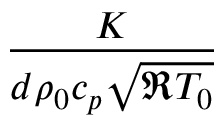
\frac { K } { d \rho _ { 0 } c _ { p } \sqrt { \mathfrak { R } T _ { 0 } } }